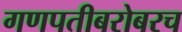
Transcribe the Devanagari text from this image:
गणपतीबरोबरच